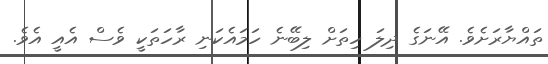
ތައްޔާރަށެވެ. އޭނަގެ ދިލަ ހިތަށް ލިބޭނެ ހަމައެކަނި ރާހަތަކީ ވެސް އެއީ އެވެ.